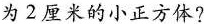
为2厘米的小正方体?